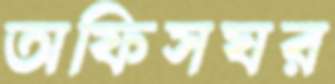
অফিসঘর